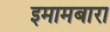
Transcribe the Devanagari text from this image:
इमामबारा